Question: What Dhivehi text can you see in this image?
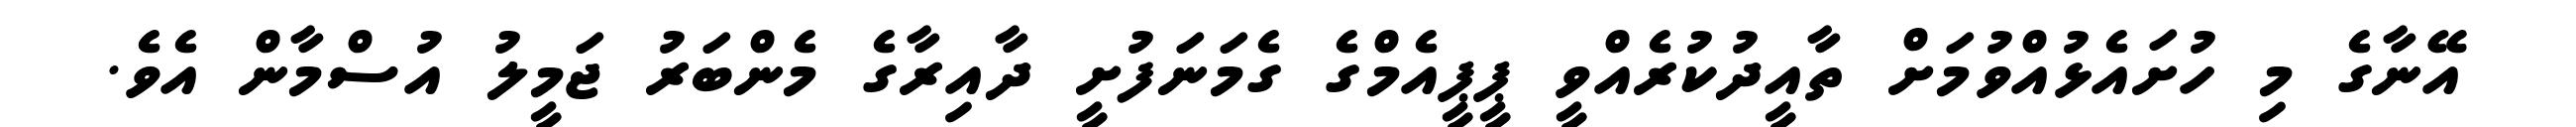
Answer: އޭނާގެ މި ހުށައެޅުއްވުމަށް ތާއީދުކުރެއްވީ ޕީޕީއެމްގެ ގެމަނަފުށީ ދާއިރާގެ މެންބަރު ޖަމީލު އުސްމާން އެވެ.